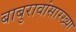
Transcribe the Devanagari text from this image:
बाबुरावांसारख्या